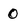
Character: 0